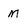
Character: m